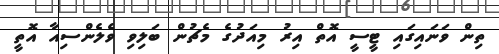
ތިން ވަނައިގައި ޓީސީ އޮތް އިރު މިއަދުގެ މެޗުން ބަލިވި ވެލެންސިއާ އޮތީ